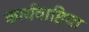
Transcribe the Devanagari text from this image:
कार्यवाहिया